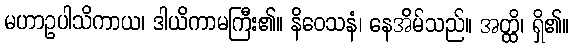
မဟာဥပါသိကာယ၊ ဒါယိကာမကြီး၏။ နိဝေသနံ၊ နေအိမ်သည်။ အတ္ထိ၊ ရှိ၏။